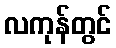
လကုန်တွင်